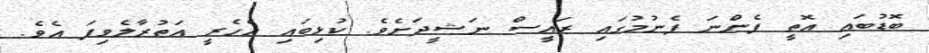
ބޮޑުބައި އޮތީ ފެންނަ ފެނުމުގައި ރައީސް ނަޝީދަށެވެ. ކުޅިބައި އެހެރީ އަތުރާލެވިފަ އެވެ.